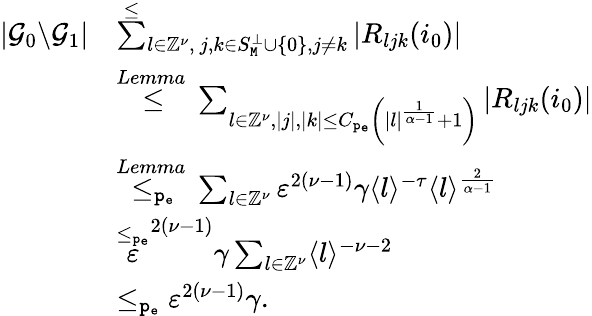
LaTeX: \begin{array}{rl}{|\mathcal{G}_{0}\backslash\mathcal{G}_{1}|}&{\overset\le\sum_{l\in\mathbb{Z}^{\nu},\ j,k\in S_{\mathtt{M}}^{\perp}\cup\left\{ 0\right\} ,j\ne k}|R_{ljk}(i_{0})|}\\ &{\overset{Lemma~}\le\sum_{l\in\mathbb{Z}^{\nu},|j|,|k|\le C_{\mathtt{p_{e}}}\left(|l|^{\frac{1}{\alpha-1}}+1\right)}|R_{ljk}(i_{0})|}\\ &{\overset{Lemma~}{\le_{\mathtt{p_{e}}}}\sum_{l\in\mathbb{Z}^{\nu}}\varepsilon^{2(\nu-1)}\gamma\langle l\rangle^{-\tau}\langle l\rangle^{\frac{2}{\alpha-1}}}\\ &{\overset{\le_{\mathtt{p_{e}}}}\varepsilon^{2(\nu-1)}\gamma\sum_{l\in\mathbb{Z}^{\nu}}\langle l\rangle^{-\nu-2}}\\ &{\le_{\mathtt{p_{e}}}\varepsilon^{2(\nu-1)}\gamma.}\end{array}